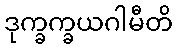
ဒုက္ခက္ခယဂါမီတိ